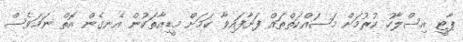
ޕާޓީ އިސްލާހު ކުރުމަށް މަސައްކަތްތައް ފަށާފައިވާ ކަމަށް މީޑިއާތަކުން އެނގެން އޮތް ނަމަވެސް